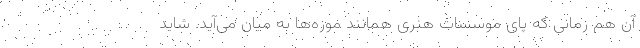
آن هم زمانی که پای موسسات هنری همانند موزه‌ها به میان می‌آید. شاید